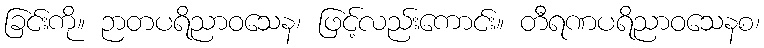
ခြင်းကို။ ဉာတပရိညာဝသေန၊ ဖြင့်လည်းကောင်း။ တီရဏပရိညာဝသေနစ၊